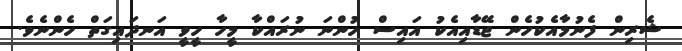
ޝެރިން ފެނުމާއެކުހެން ޖޭޑާއިއެކު އައިސް ހުންނަ ނުރައްކާ މީހާ ހީވީ އަނދައިގަތް ހެންނެވެ.